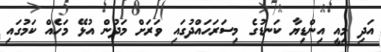
އަދި މިއީ އިންޑިޔާ ކަނޑުގެ މިސަރަހައްދުގައި ވަރަށް މަދުން އުޅޭ މަހެއް ކަމުގައި